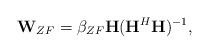
LaTeX: \begin{align*}{\bf W}_{ZF}=\beta_{ZF}{\bf H}({\bf H}^H{\bf H})^{-1},\end{align*}